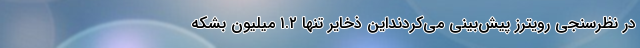
در نظرسنجی رویترز پیش‌بینی می‌کردنداین ذخایر تنها ۱.۲ میلیون بشکه